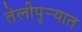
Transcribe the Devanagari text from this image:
तेलीपुर्‍यात